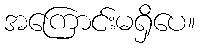
အကြောင်းမရှိပေ။